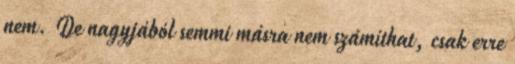
nem. De nagyjából semmi másra nem számíthat, csak erre